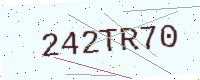
Text: 242TR70